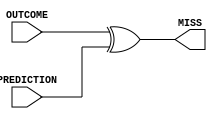
module comparator (
    input OUTCOME,
    input PREDICTION,
    output MISS
);
    
    assign MISS = OUTCOME ^ PREDICTION;

endmodule